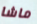
ماشا